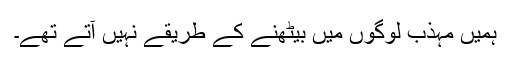
ہمیں مہذب لوگوں میں بیٹھنے کے طریقے نہیں آتے تھے۔